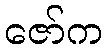
ဇော်က